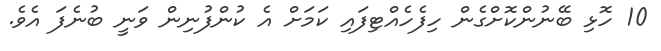
10 ހޮޅި ބޭނުންކޮށްގެން ހިފެހެއްޓިފައި ކަމަށް އެ ކުންފުނިން ވަނީ ބުނެފަ އެވެ.